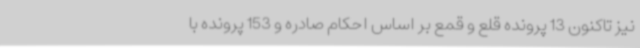
نیز تاکنون 13 پرونده قلع و قمع بر اساس احکام صادره و 153 پرونده با